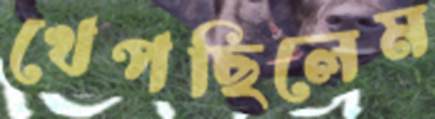
খেপছিলেম